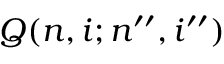
Q ( n , i ; n ^ { \prime \prime } , i ^ { \prime \prime } )